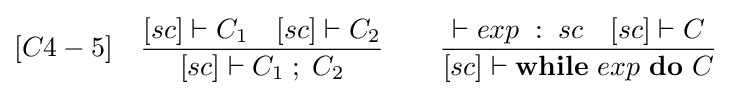
[C4-5]\quad {\frac {[sc]\vdash C_{1}\quad [sc]\vdash C_{2}}{[sc]\vdash C_{1}\;;\;C_{2}}}\qquad {\frac {\vdash exp\;:\;sc\quad [sc]\vdash C}{[sc]\vdash {\textbf {while}}\ exp\ {\textbf {do}}\ C}}